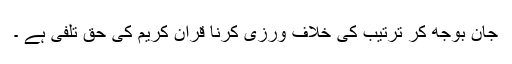
جان بوجھ کر ترتیب کی خلاف ورزی کرنا قرآن کریم کی حق تلفی ہے ۔